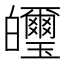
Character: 𤿂